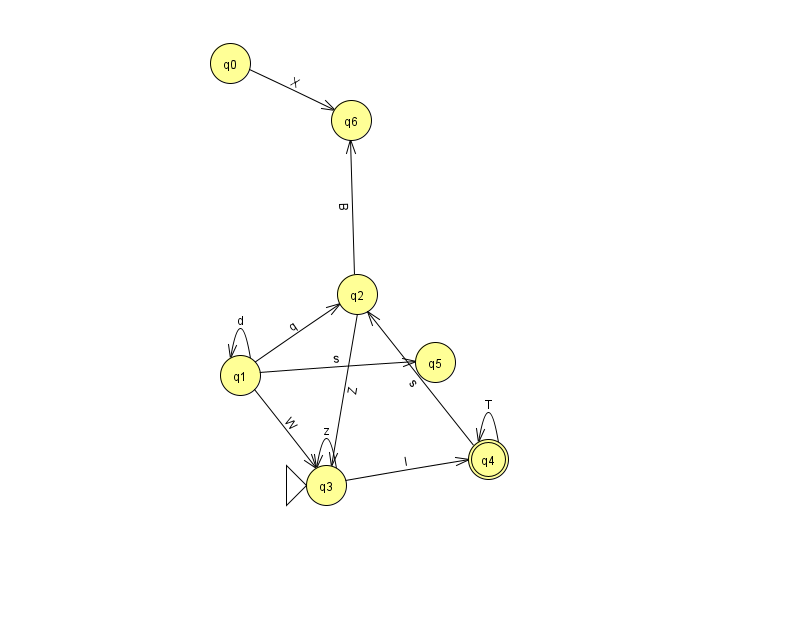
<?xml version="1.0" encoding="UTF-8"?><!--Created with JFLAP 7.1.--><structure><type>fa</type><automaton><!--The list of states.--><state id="0" name="q0"><x>230.0</x><y>50.0</y></state><state id="1" name="q1"><x>240.0</x><y>362.0</y></state><state id="2" name="q2"><x>357.0</x><y>281.0</y></state><state id="3" name="q3"><x>326.0</x><y>472.0</y><initial/></state><state id="4" name="q4"><x>488.0</x><y>446.0</y><final/></state><state id="5" name="q5"><x>435.0</x><y>349.0</y></state><state id="6" name="q6"><x>351.0</x><y>107.0</y></state><!--The list of transitions.--><transition><from>0</from><to>6</to><read>X</read></transition><transition><from>2</from><to>3</to><read>Z</read></transition><transition><from>1</from><to>1</to><read>d</read></transition><transition><from>1</from><to>2</to><read>q</read></transition><transition><from>4</from><to>4</to><read>T</read></transition><transition><from>1</from><to>5</to><read>s</read></transition><transition><from>3</from><to>3</to><read>z</read></transition><transition><from>4</from><to>2</to><read>s</read></transition><transition><from>1</from><to>3</to><read>W</read></transition><transition><from>2</from><to>6</to><read>B</read></transition><transition><from>3</from><to>4</to><read>l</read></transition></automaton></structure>